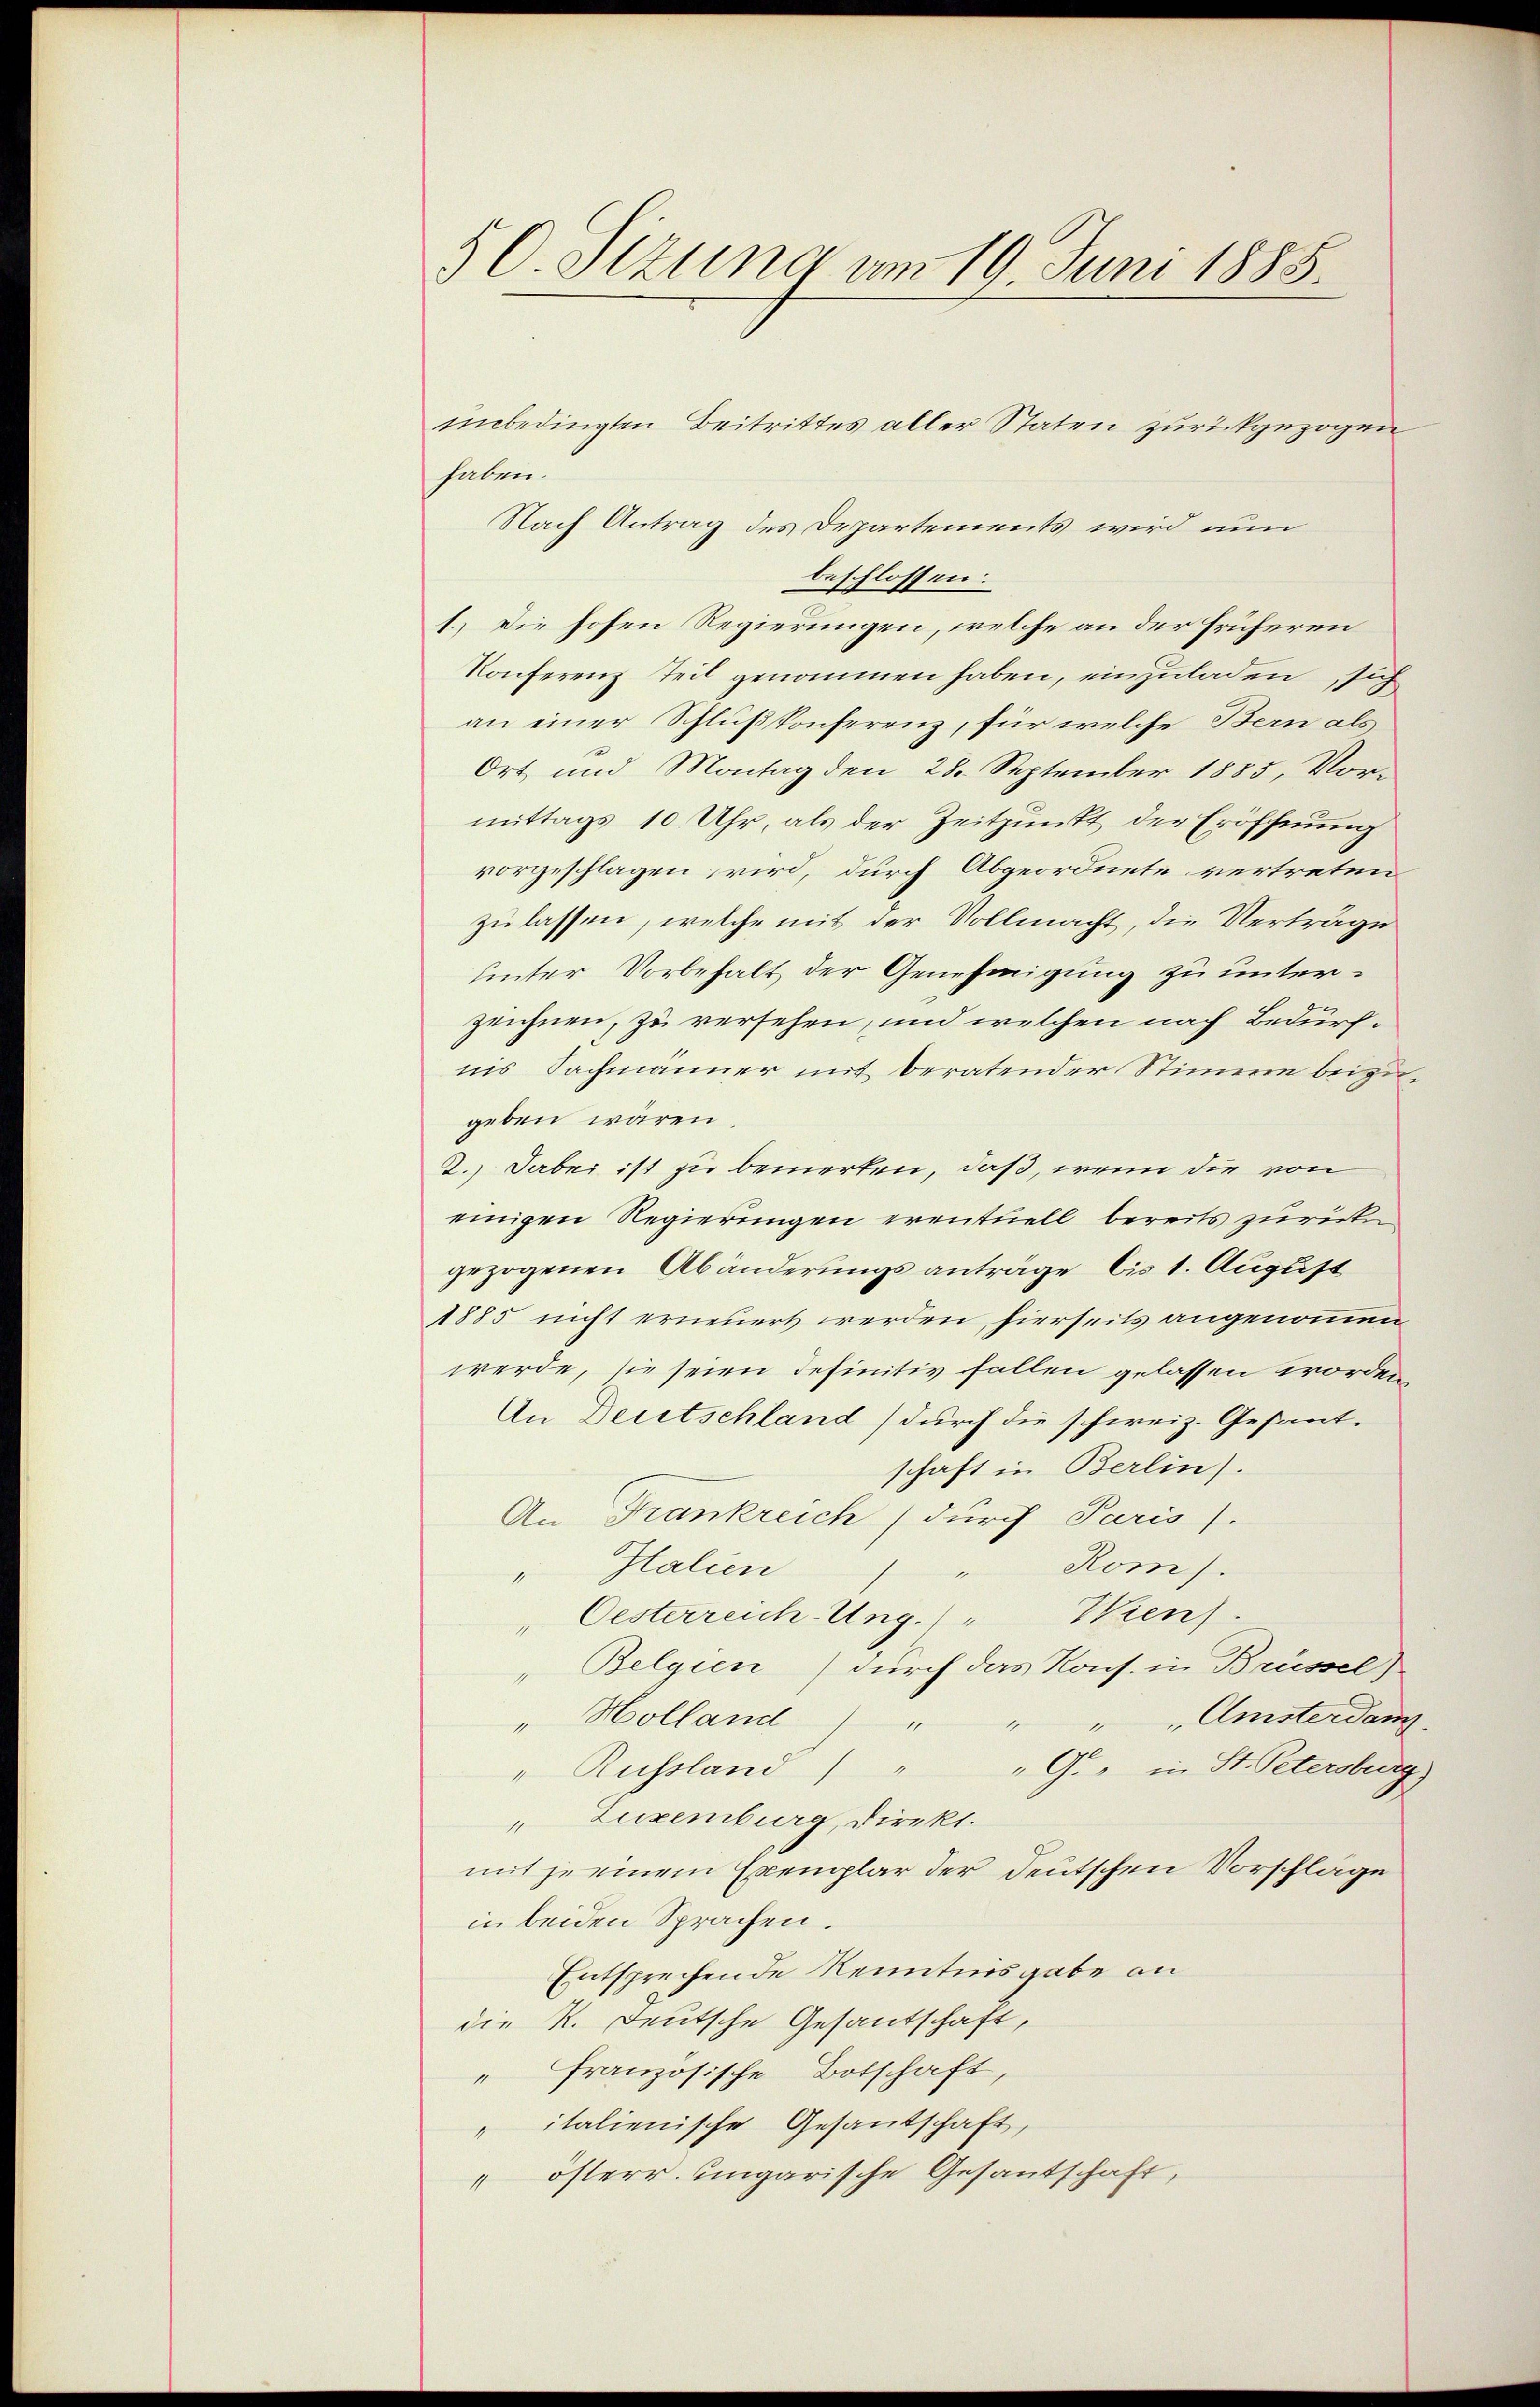
§ 0. Sizung am 19. Juni 1885.

unbedingten Beitrittes aller Staten zurückgezogen
haben.
Nach Antrag des Departements wird nun
beschlossen:
1.) Die hohen Regierungen, welche an der früheren
Konferenz Teil genommen haben, einzuladen, sich
an einer Schlußkonferenz, für welche Bern als
Ort und Montag den 28. September 1885, Vor-
mittags 10 Uhr, als der Zeitpunkt der Eröffnung
vorgeschlagen wird, durch Abgeordnete vertreten
zu lassen, welche mit der Vollmacht, die Verträge
unter Vorbehalt der Genehmigung zu unterzeichnen, zu versehen, und welchen nach Bedürfnis Sachmänner mit beratender Stimme beizugeben wären
2.) Dabei ist zu bemerken, daß, wenn die von
einigen Regierungen eventuell bereits zurück
gezogenen Abänderungsanträge bis 1. August
1885 nicht erneuert werden, hierseits angenommen
werde, sie seien definitiv fallen gelassen worden
An Deutschland) durch die schweiz. Gesant-
schaft in Berlin).
An Krankreich (durch Paris).
Rom).
" Italien
Wien.
Oesterreich-Ung.
"Belgien) durch das Kons. in Brüssel)
" Holland) " " " " Amsterdan
" Russland) " " G. in St. Petersburg)
"Zuxenburg, Direkt.
mit je einem Exemplar der deutschen Vorschläge
in beiden Sprachen.
Entsprechende Kenntnisgabe an
die K. Deutsche Gesantschaft,
" französische Botschaft,
" italienische Gesandschaft,
 österr. ungarische Gesantschaft,